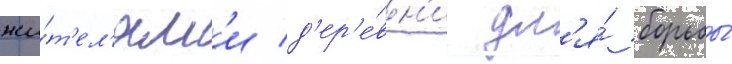
жи́т'ел'ям'и д'ер'е́вн'и дл'я́ борьбы́